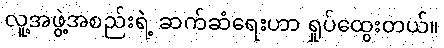
လူ့အဖွဲ့အစည်းရဲ့ ဆက်ဆံရေးဟာ ရှုပ်ထွေးတယ်။